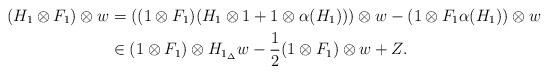
LaTeX: \begin{align*}(H_1 \otimes F_1) \otimes w & = ((1 \otimes F_1)(H_1 \otimes 1 + 1 \otimes \alpha(H_1))) \otimes w - (1 \otimes F_1\alpha(H_1)) \otimes w \\& \in (1 \otimes F_1) \otimes H_{1_{\Delta}}w - \frac{1}{2}(1 \otimes F_1) \otimes w + Z. \end{align*}